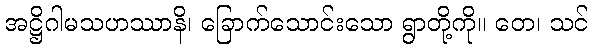
အဋ္ဌိဂါမသဟဿာနိ၊ ခြောက်သောင်းသော ရွာတို့ကို။ တေ၊ သင်